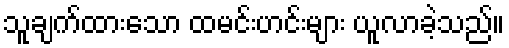
သူချက်ထားသော ထမင်းဟင်းများ ယူလာခဲ့သည်။